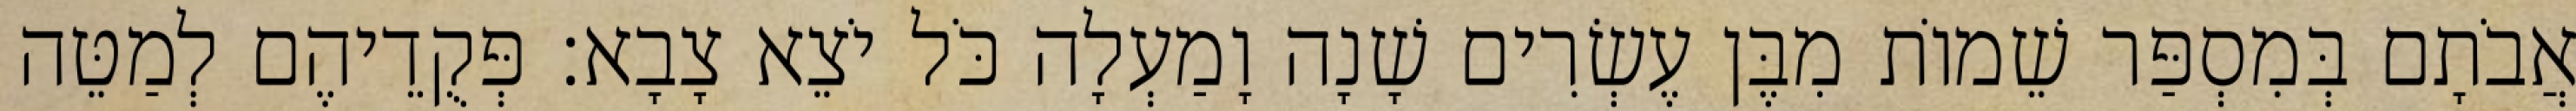
אֲבֹתָם בְּמִסְפַּר שֵׁמוֹת מִבֶּן עֶשְׂרִים שָׁנָה וָמַעְלָה כֹּל יֹצֵא צָבָא׃ פְּקֻדֵיהֶם לְמַטֵּה